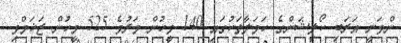
ންވަނީ އަރަބި ކޯލިޝަންގެ ހަމަލާތަކުގައި 140 މީހުން މަރުވެ 525 މީހުން ޒަޚަމްވި